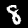
Label: 8